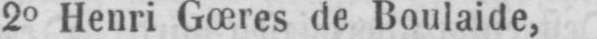
20 Henri Gœres de Boulaide,